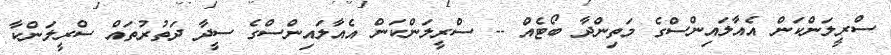
ސްރީލަންކަން އެއާލައިންސްގެ މަތިންދާ ބޯޓެއް -- ސްރީލަންކަން އެއާލައިންސްގެ ސީދާ ދަތުރުތައް ސްރީލަންކާ